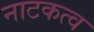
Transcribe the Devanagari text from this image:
नाटकत्व